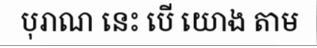
បុរាណ នេះ បើ យោង តាម